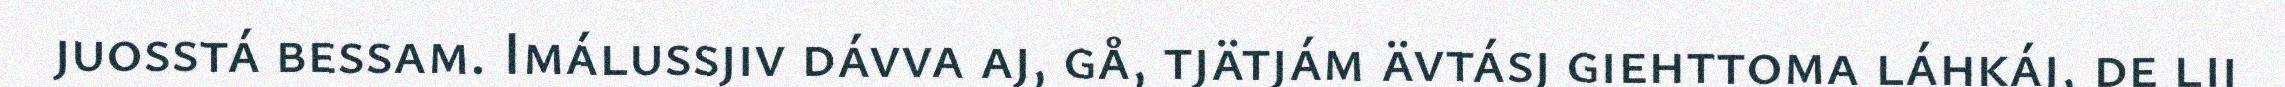
juosstá bessam. Imálussjiv dávva aj, gå, tjätjám ävtásj giehttoma láhkáj, de lij